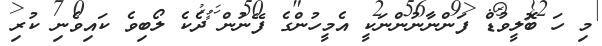
މި ހަ ބޮލީވުޑް ފަންނާނުންނަކީ އެމީހުންގެ ފޭނުން ދެކެ ލޯބިވެ ކައިވެނި ކުރި